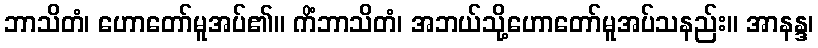
ဘာသိတံ၊ ဟောတော်မူအပ်၏။ ကိံဘာသိတံ၊ အဘယ်သို့ဟောတော်မူအပ်သနည်း။ အာနန္ဒ၊